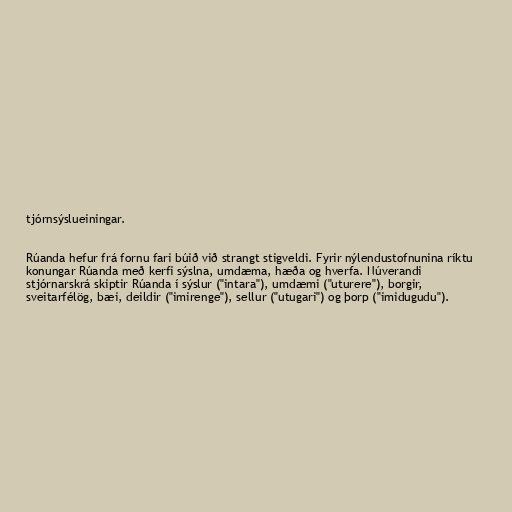
tjórnsýslueiningar.

Rúanda hefur frá fornu fari búið við strangt stigveldi. Fyrir nýlendustofnunina ríktu
konungar Rúanda með kerfi sýslna, umdæma, hæða og hverfa. Núverandi
stjórnarskrá skiptir Rúanda í sýslur ("intara"), umdæmi ("uturere"), borgir,
sveitarfélög, bæi, deildir ("imirenge"), sellur ("utugari") og þorp ("imidugudu").